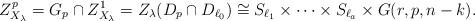
LaTeX: \begin{align*} Z_{X_\lambda}^p= G_p \cap Z_{X_\lambda}^1 = Z_\lambda (D_p\cap D_{\ell_0}) \cong S_{\ell_1} \times \dotsb \times S_{\ell_a} \times G(r,p,n-k). \end{align*}